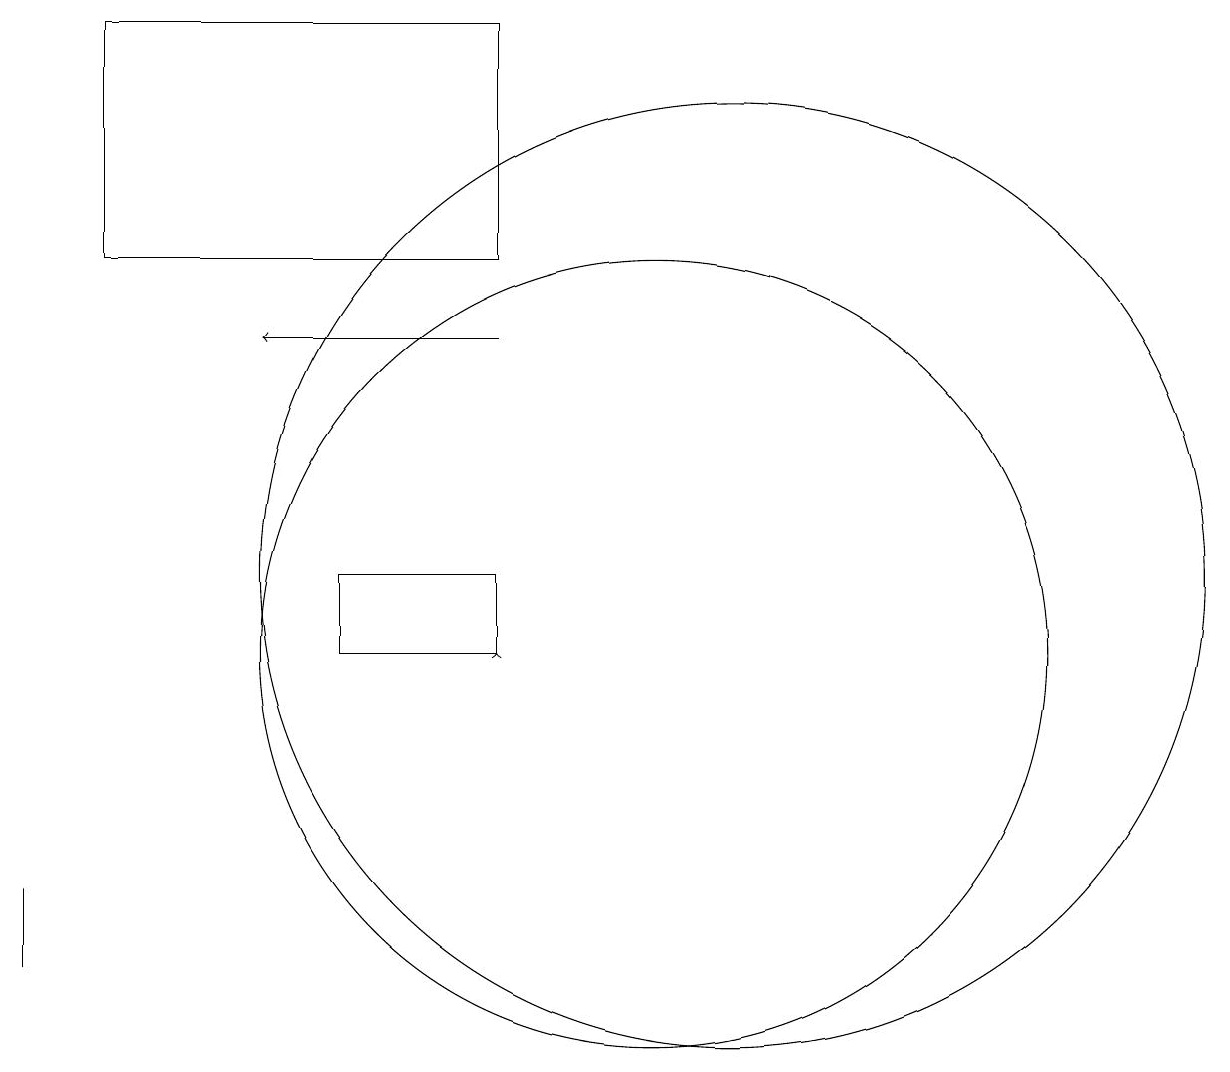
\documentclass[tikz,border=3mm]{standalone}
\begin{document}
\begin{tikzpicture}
\draw (12,12) circle (6);
\draw[->] (9,11) -- (9,11);
\draw (4,19) rectangle (9,16);
\draw[->] (9,15) -- (6,15);
\draw (7,11) rectangle (9,12);
\draw (3,7) -- (3,8) -- (3,8) -- cycle;
\draw (11,11) circle (5);
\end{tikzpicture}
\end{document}